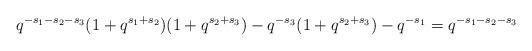
LaTeX: \begin{align*}q^{-s_1-s_2-s_3}(1+q^{s_1+s_2})(1+q^{s_2+s_3})-q^{-s_3}(1+q^{s_2+s_3})-q^{-s_1}=q^{-s_1-s_2-s_3}\end{align*}